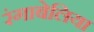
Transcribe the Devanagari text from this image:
रंगाबेलिया